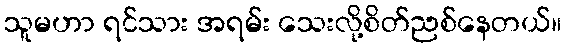
သူမဟာ ရင်သား အရမ်း သေးလို့စိတ်ညစ်နေတယ်။